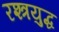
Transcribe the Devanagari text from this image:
रश्त्रयुद्ध